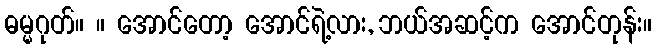
ဓမ္မဂုတ်။ ။ အောင်တော့ အောင်ရဲ့လား, ဘယ်အဆင့်က အောင်တုန်း။